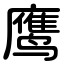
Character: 鹰